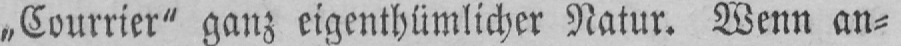
„Courrier” ganz eigentümlicher Natur. Wenn an⸗